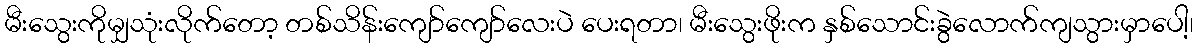
မီးသွေးကိုမျှသုံးလိုက်တော့ တစ်သိန်းကျော်ကျော်လေးပဲ ပေးရတာ၊ မီးသွေးဖိုးက နှစ်သောင်းခွဲလောက်ကျသွားမှာပေါ့၊